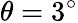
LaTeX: \theta=3^{\circ}